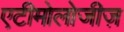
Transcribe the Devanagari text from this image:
एटीमोलोजीज़